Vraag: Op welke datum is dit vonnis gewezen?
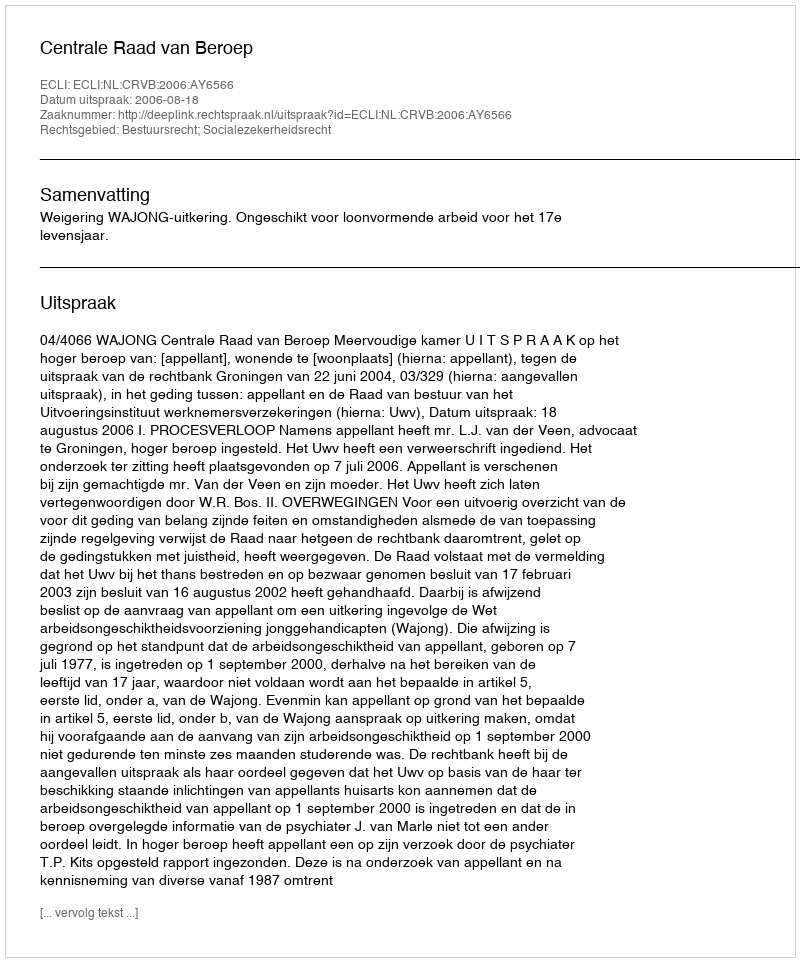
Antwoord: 2006-08-18